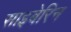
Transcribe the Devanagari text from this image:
साइबेरिन